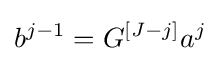
b^{j-1}=G^{\left[J-j\right]}a^{j}